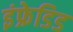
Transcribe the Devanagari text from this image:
इंफ्रेडिड